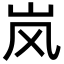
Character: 岚